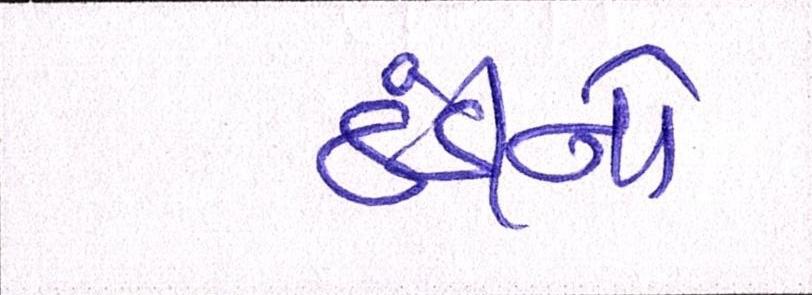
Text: ઠંડીનો